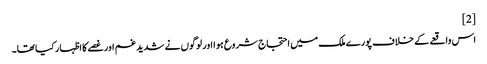
[2]
اس واقعے کے خلاف پورے ملک میں احتجاج شروع ہوا اور لوگوں نے شدید غم اور غصے کا اظہار کیا تھا۔